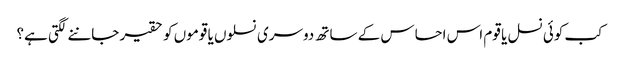
کب کوئی نسل یا قوم اس احساس کے ساتھ دوسری نسلوں یا قوموں کو حقیر جاننے لگتی ہے؟